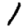
Digit: 1